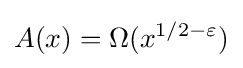
A(x)=\Omega (x^{1/2-\varepsilon })